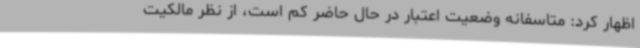
اظهار کرد: متاسفانه وضعیت اعتبار در حال حاضر کم است، از نظر مالکیت